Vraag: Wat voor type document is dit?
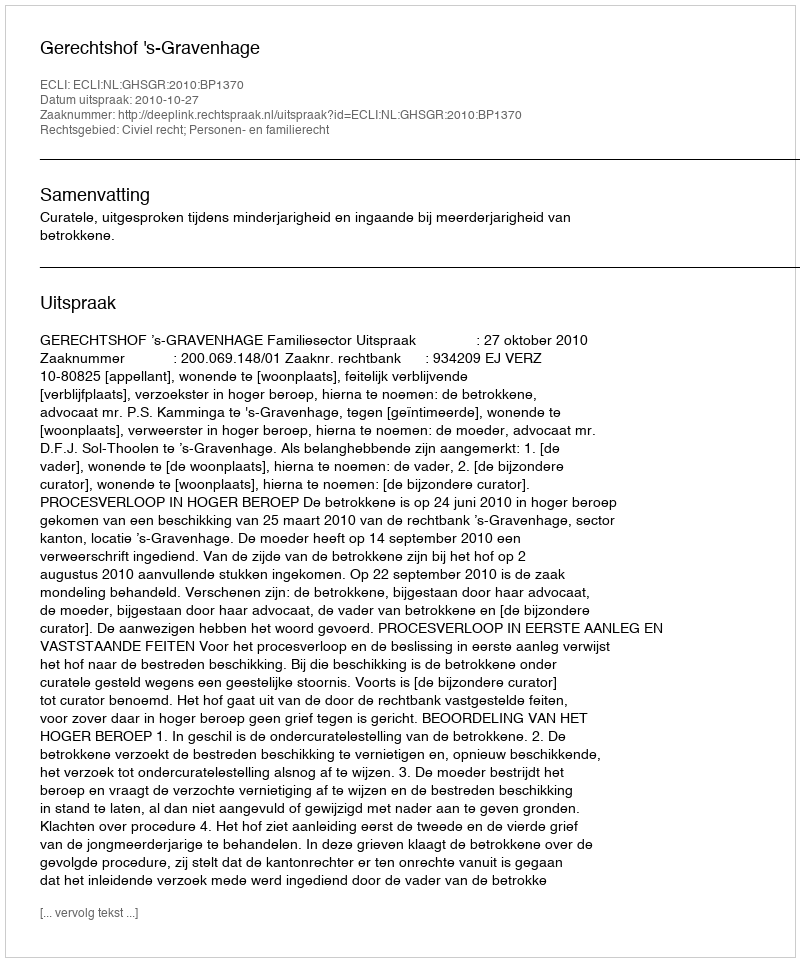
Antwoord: Uitspraak